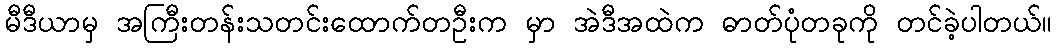
မီဒီယာမှ အကြီးတန်းသတင်းထောက်တဦးက မှာ အဲဒီအထဲက ဓာတ်ပုံတခုကို တင်ခဲ့ပါတယ်။